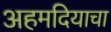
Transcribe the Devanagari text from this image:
अहमदियाचा